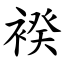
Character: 䙆